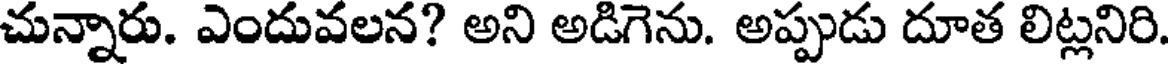
చున్నారు. ఎందువలన? అని అడిగెను. అప్పుడు దూత లిట్లనిరి